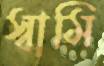
স্বামি